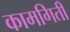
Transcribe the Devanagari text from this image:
कामगिती